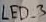
Text: LED_3